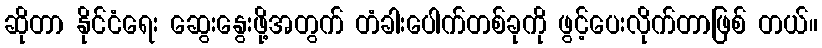
ဆိုတာ နိုင်ငံရေး ဆွေးနွေးဖို့အတွက် တံခါးပေါက်တစ်ခုကို ဖွင့်ပေးလိုက်တာဖြစ် တယ်။